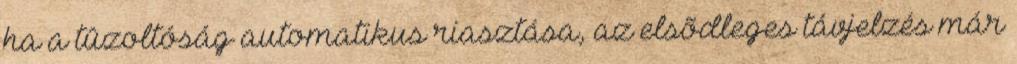
ha a tûzoltóság automatikus riasztása, az elsõdleges távjelzés már